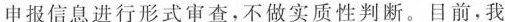
申报信息进行形式审查，不做实质性判断。目前，我